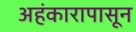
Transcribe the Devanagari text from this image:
अहंकारापासून